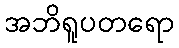
အဘိရူပတရော